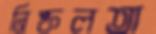
নিষ্ফলতা